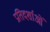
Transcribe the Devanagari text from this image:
प्रतिदर्शाओं